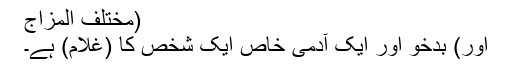
(مختلف المزاج
اور) بدخو اور ایک آدمی خاص ایک شخص کا (غلام) ہے۔